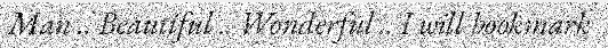
Man .. Beautiful .. Wonderful .. I will bookmark